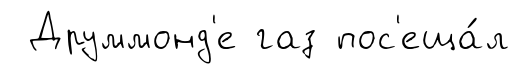
Друммонд'е газ пос'еща́л